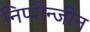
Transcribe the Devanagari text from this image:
निप्पोन्जीन